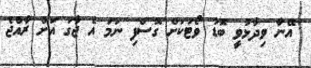
އޭނާ ވިދާޅުވީ ބޮޑު ވޯޓަކަށް ގޮސްފި ނަމަ އެ ޖާގަ އަށް ރާއްޖެ